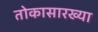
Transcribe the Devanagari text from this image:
तोकासारख्या